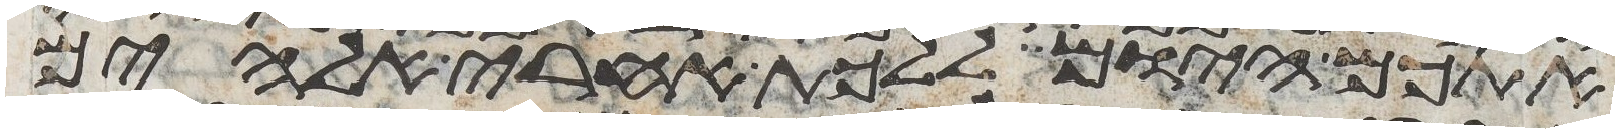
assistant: אתכם היום ללכת אחרי אלהים